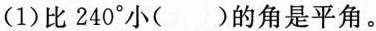
(1)比240^{\circ}小( )的角是平角。